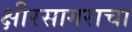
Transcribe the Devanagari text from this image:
क्षीरसागराचा